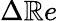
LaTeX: \Delta\mathbb{R}e